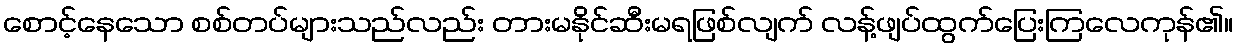
စောင့်နေသော စစ်တပ်များသည်လည်း တားမနိုင်ဆီးမရဖြစ်လျက် လန့်ဖျပ်ထွက်ပြေးကြလေကုန်၏။